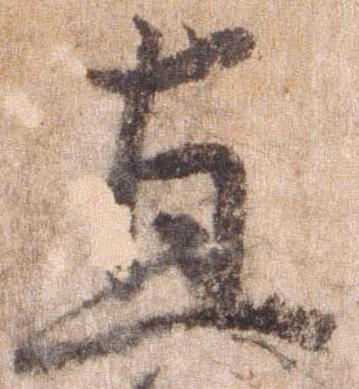
直